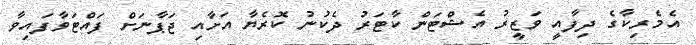
އެމެރިކާގެ ދިފާއީ ވަޒީރު އެޝްޓަން ކާޓަރު ދެކުނު ކޮރެޔާ އަށާއި ޖަޕާނަށް ފައްޓަވާފައިވާ